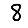
Digit: 8